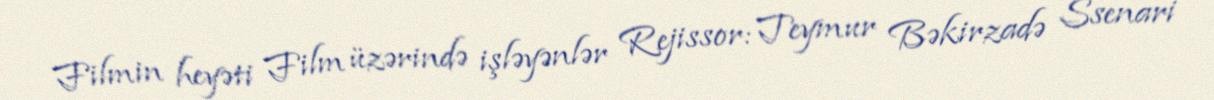
Filmin heyəti Film üzərində işləyənlər Rejissor: Teymur Bəkirzadə Ssenari